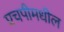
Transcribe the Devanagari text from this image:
एचपीमधील